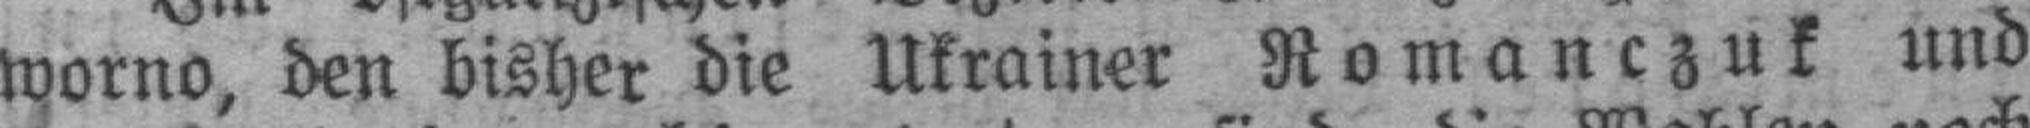
worno, den bisher die Ukrainer Romanczuk und